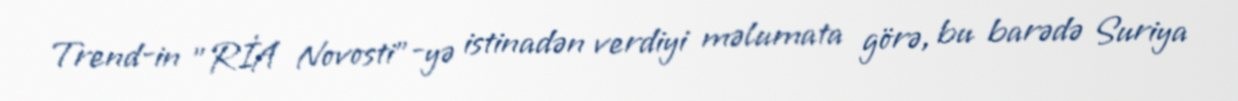
Trend-in "RİA Novosti"-yə istinadən verdiyi məlumata görə, bu barədə Suriya